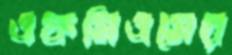
এফসিএসের